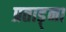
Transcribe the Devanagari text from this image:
प्रताड़्ना